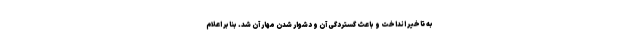
به تاخیر انداخت و باعث گستردگی آن و دشوار شدن مهار آن شد. بنابر اعلام